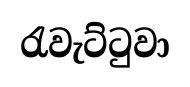
රැවැට්ටුවා